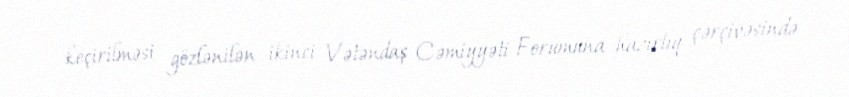
keçirilməsi gözlənilən ikinci Vətəndaş Cəmiyyəti Forumuna hazırlıq çərçivəsində